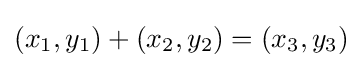
(x_{1},y_{1})+(x_{2},y_{2})=(x_{3},y_{3})